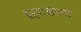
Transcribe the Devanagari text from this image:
प्रहारक्षमता